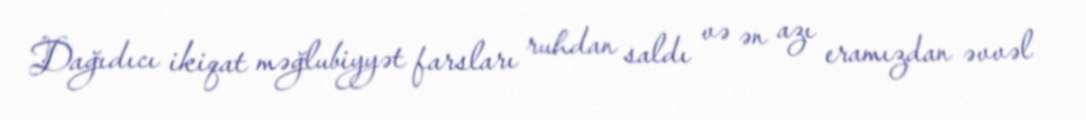
Dağıdıcı ikiqat məğlubiyyət farsları ruhdan saldı və ən azı eramızdan əvvəl